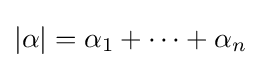
|\alpha |=\alpha _{1}+\cdots +\alpha _{n}